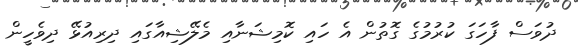
ދުވަސް ފާހަގަ ކުރުމުގެ ގޮތުން އެ ހައި ކޮމިޝަނާއި މެލޭޝިއާގައި ދިރިއުޅޭ ދިވެހީން